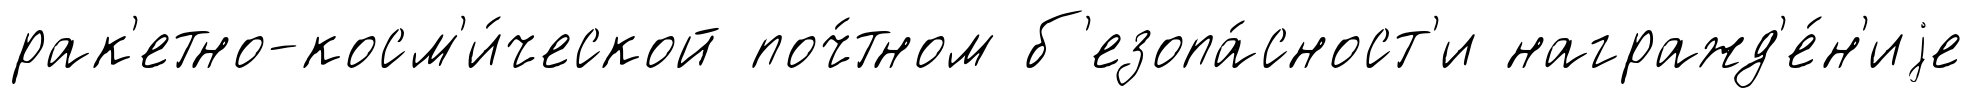
рак'етно-косм'и́ческой поч́тном б'езопа́сност'и награжд'е́н'иjе